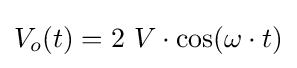
V_{o}(t)=2\ V\cdot \cos(\omega \cdot t)